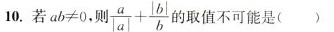
10.$$a b ≠ 0$$,则 $$\frac { a } { | a | } + \frac { | b | } { b } $$ 的取值不可能是( )